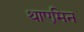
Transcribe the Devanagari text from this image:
थाएमिन